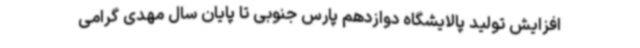
افزایش تولید پالایشگاه دوازدهم پارس جنوبی تا پایان سال مهدی گرامی